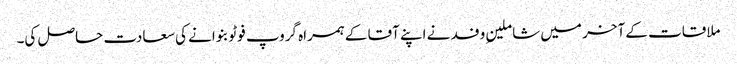
ملاقات کے آخر میں شاملینِ وفد نے اپنے آقا کے ہمراہ گروپ فوٹو بنوانے کی سعادت حاصل کی۔